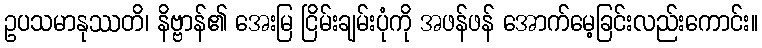
ဥပသမာနုဿတိ၊ နိဗ္ဗာန်၏ အေးမြ ငြိမ်းချမ်းပုံကို အဖန်ဖန် အောက်မေ့ခြင်းလည်းကောင်း။